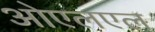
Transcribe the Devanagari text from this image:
ओएलएल